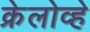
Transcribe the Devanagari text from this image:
क्रेलोव्हे